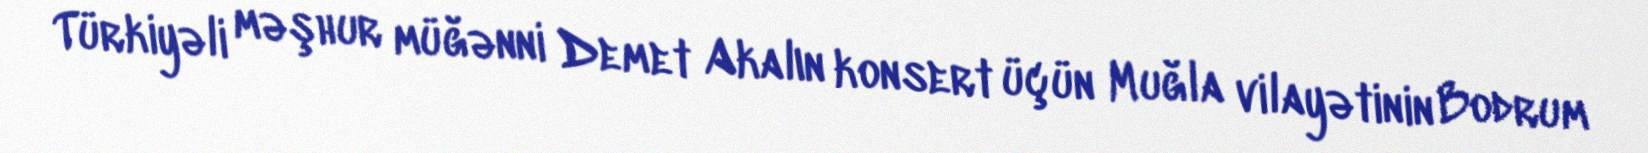
Türkiyəli məşhur müğənni Demet Akalın konsert üçün Muğla vilayətinin Bodrum